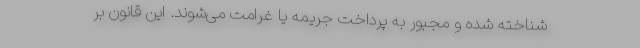
شناخته شده و مجبور به پرداخت جریمه یا غرامت می‌شوند. این قانون بر